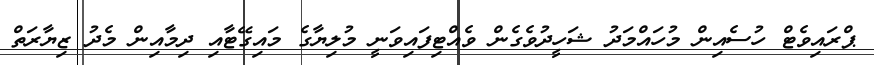
ޕްރައިވެޓް ހުސެއިން މުހައްމަދު ޝަހީދުވެގެން ވެއްޓިފައިވަނީ މުލިޔާގެ މައިގޭޓާއި ދިމާއިން މެދު ޒިޔާރަތް